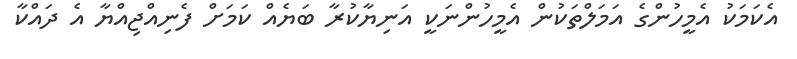
އެކަމަކު އެމީހުންގެ އަމަލްތަކުން އެމީހުންނަކީ އަނިޔާކުރާ ބަޔެއް ކަމަށް ފެނިއްޖިއްޔާ އެ ދައްކާ